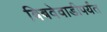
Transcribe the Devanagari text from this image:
बिबवेवाडीपर्यंत